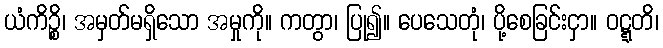
ယံကိဉ္စိ၊ အမှတ်မရှိသော အမှုကို။ ကတွာ၊ ပြု၍။ ပေသေတုံ၊ ပို့စေခြင်းငှာ။ ဝဋ္ဋတိ၊